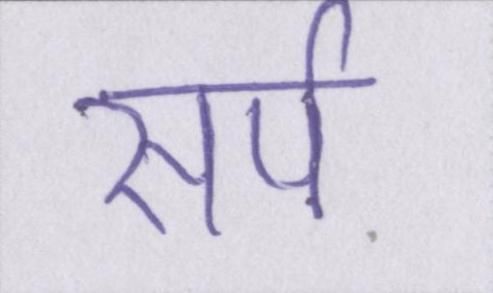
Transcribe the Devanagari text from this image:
सर्प